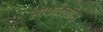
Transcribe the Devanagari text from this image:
सोफोक्लीस